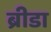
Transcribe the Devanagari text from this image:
ब्रीडा